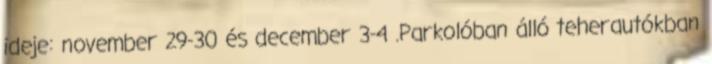
ideje: november 29-30 és december 3-4 .Parkolóban álló teherautókban